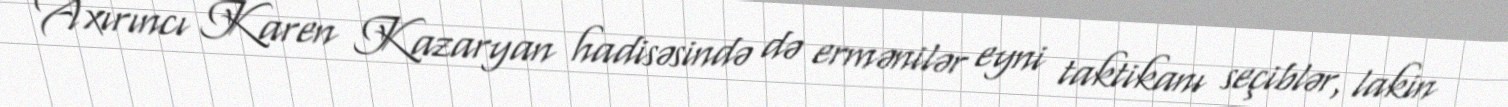
Axırıncı Karen Kazaryan hadisəsində də ermənilər eyni taktikanı seçiblər, lakin